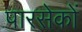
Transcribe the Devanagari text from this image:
पारसेकों